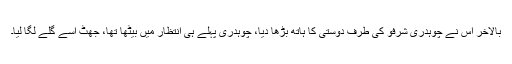
بالآخر اس نے چوہدری شرفو کی طرف دوستی کا ہاتھ بڑھا دیا، چوہدری پہلے ہی انتظار میں بیٹھا تھا، جھٹ اُسے گلے لگا لیا۔